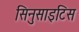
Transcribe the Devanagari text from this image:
सिनुसाइटिस